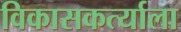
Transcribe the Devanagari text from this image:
विकासकर्त्याला